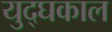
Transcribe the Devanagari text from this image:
युद्घकाल